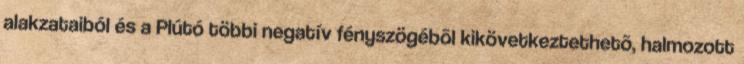
alakzataiból és a Plútó többi negatív fényszögébõl kikövetkeztethetõ, halmozott